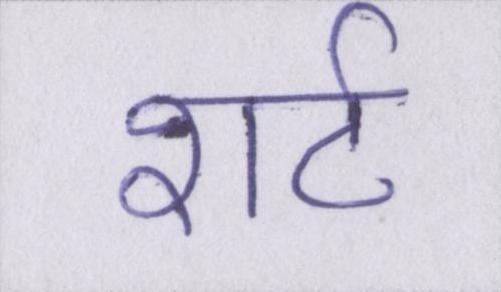
शर्ट